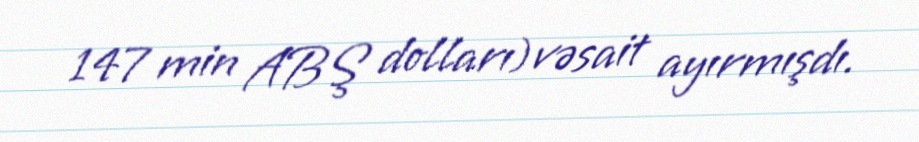
147 min ABŞ dolları) vəsait ayırmışdı.